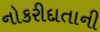
નોકરીદાતાની